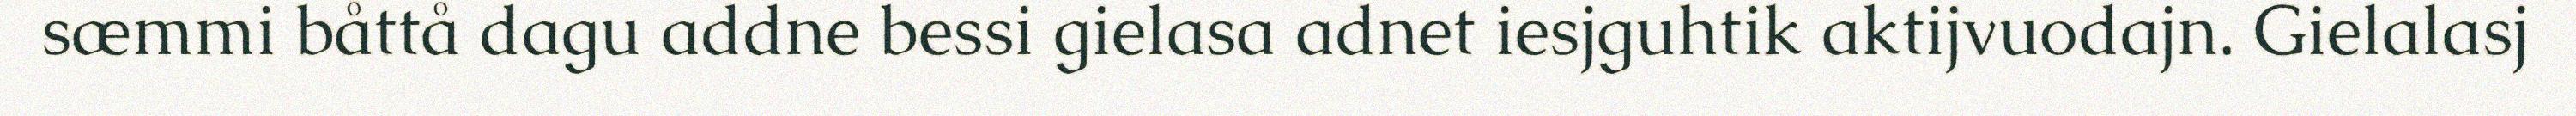
sæmmi båttå dagu addne bessi gielasa adnet iesjguhtik aktijvuodajn. Gielalasj